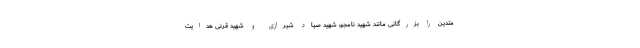
متدین را بزرگانی مانند شهید نامجو، شهید صیاد شیرازی و شهید قرنی هدایت